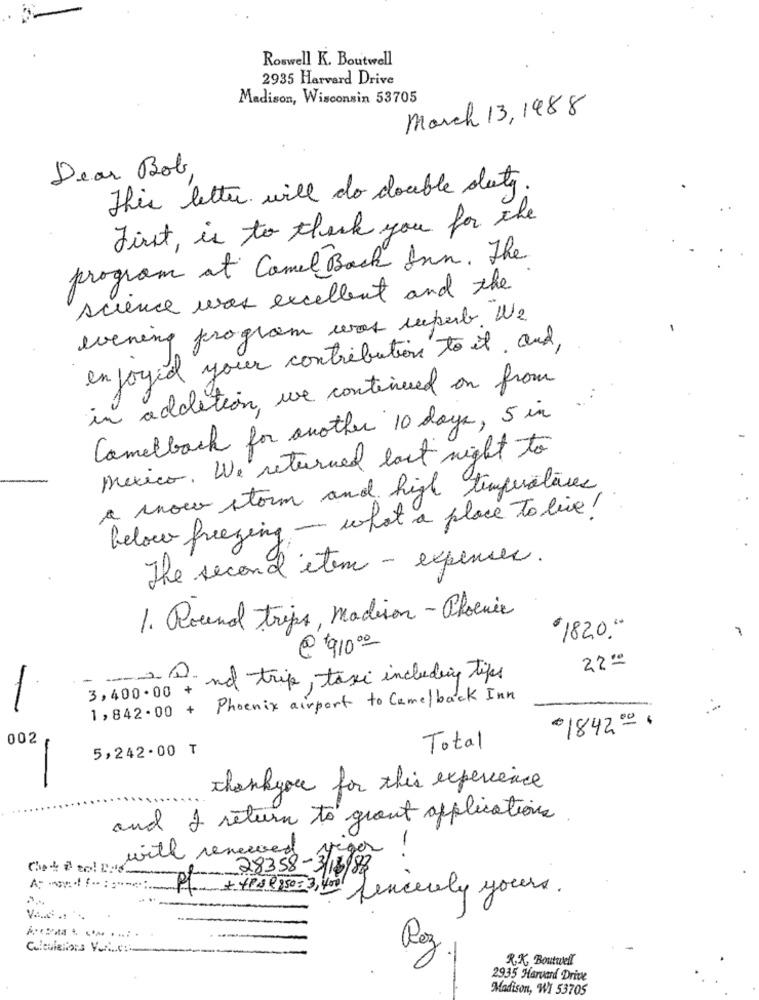
Roswell K. Boutwell
2935 Harvard Drive
Madison, Wisconsin 53705
March 13, 1988
Dear Bob,
This letter will do double duty
First, is to thank you for the
program at Camel Back Inn. The
science was excellent and the
evening program was superb. We
enjoyed your contribution to it, and,
in addition, we continued on from
Camelback for another 10 days, 5 in
mexico. We returned last night to
a snow storm and high temperatures
below freezing - what a place to live!
The second item - expenses.
1. Round trips, madison- Phoenix
1820.00
@ '91000
220
-
And trip, taxi including tips
3,400.00
1,842.00 + Phoenix airport to Camel back Inn
01842 0=1
002
5,242.00 T
Total
-
thankyou for this experience
and I return to grant applications.
with reserved
- 28358-3/18/88
-..
Pl. +4Ps ( 150=3, 4 Sincerely yours.
Calculations Value-
Rez
R.K. Boutwell
2935 Harvard Drive
Madison, WI 53705